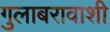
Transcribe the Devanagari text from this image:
गुलाबरावाशी